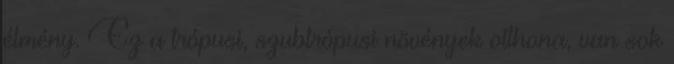
élmény. Ez a trópusi, szubtrópusi növények otthona, van sok